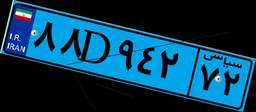
۸۸D۹۴۲۷۲